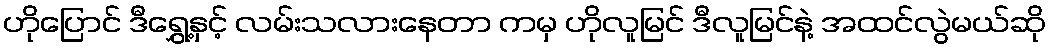
ဟိုပြောင် ဒီရွှေ့နှင့် လမ်းသလားနေတာ ကမှ ဟိုလူမြင် ဒီလူမြင်နဲ့ အထင်လွဲမယ်ဆို